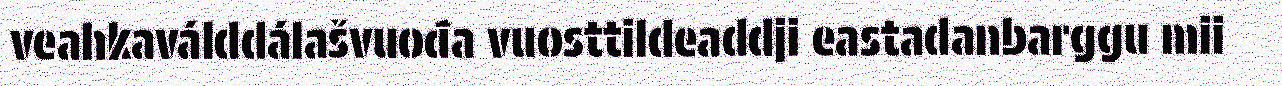
veahkaválddálašvuođa vuosttildeaddji eastadanbarggu mii